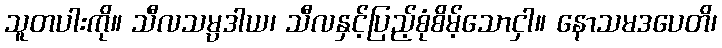
သူတပါးကို။ သီလသမ္ပဒါယ၊ သီလနှင့်ပြည့်စုံစိမ့်သောငှါ။ နောသမဒပေတိ၊